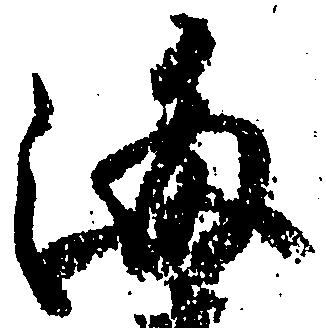
海